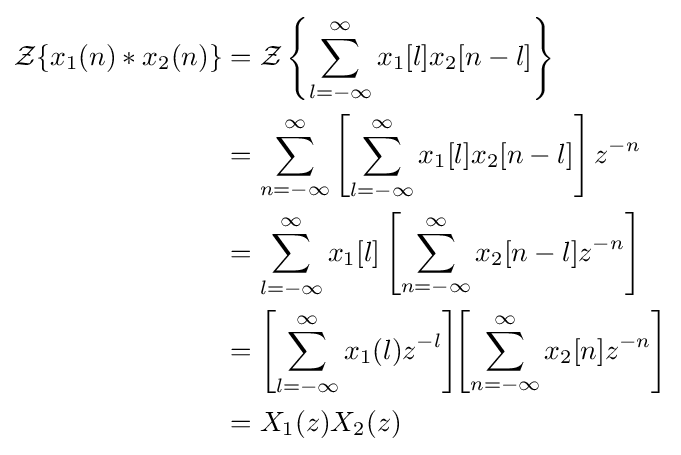
{\begin{aligned}{\mathcal {Z}}\{x_{1}(n)*x_{2}(n)\}&={\mathcal {Z}}\left\{\sum _{l=-\infty }^{\infty }x_{1}[l]x_{2}[n-l]\right\}\\&=\sum _{n=-\infty }^{\infty }\left[\sum _{l=-\infty }^{\infty }x_{1}[l]x_{2}[n-l]\right]z^{-n}\\&=\sum _{l=-\infty }^{\infty }x_{1}[l]\left[\sum _{n=-\infty }^{\infty }x_{2}[n-l]z^{-n}\right]\\&=\left[\sum _{l=-\infty }^{\infty }x_{1}(l)z^{-l}\right]\!\!\left[\sum _{n=-\infty }^{\infty }x_{2}[n]z^{-n}\right]\\&=X_{1}(z)X_{2}(z)\end{aligned}}